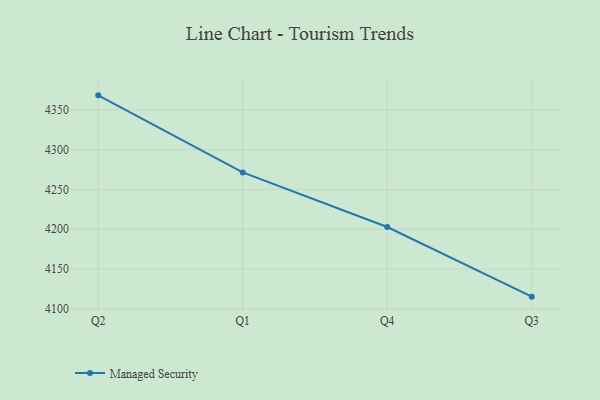
{"axis": {"x": "Quarter", "y": "Temperature (°C)"}, "legend": ["Managed Security"], "data": [{"x": "Q2", "y": 4368.1, "type": "Managed Security"}, {"x": "Q1", "y": 4271.3, "type": "Managed Security"}, {"x": "Q4", "y": 4202.8, "type": "Managed Security"}, {"x": "Q3", "y": 4115.4, "type": "Managed Security"}]}